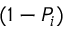
( 1 - P _ { i } )